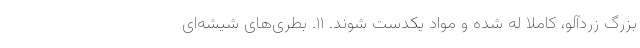
بزرگ زردآلو، کاملا له شده و مواد یکدست شوند. ۱۱. بطری‌های شیشه‌ای